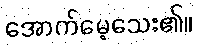
အောက်မေ့သေး၏။